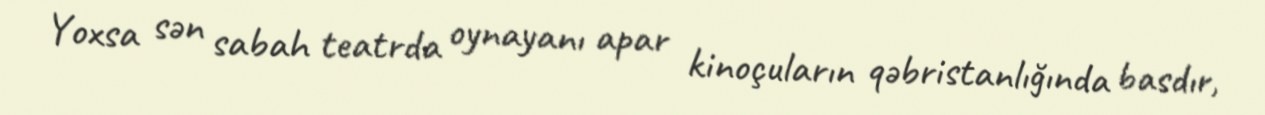
Yoxsa sən sabah teatrda oynayanı apar kinoçuların qəbristanlığında basdır,